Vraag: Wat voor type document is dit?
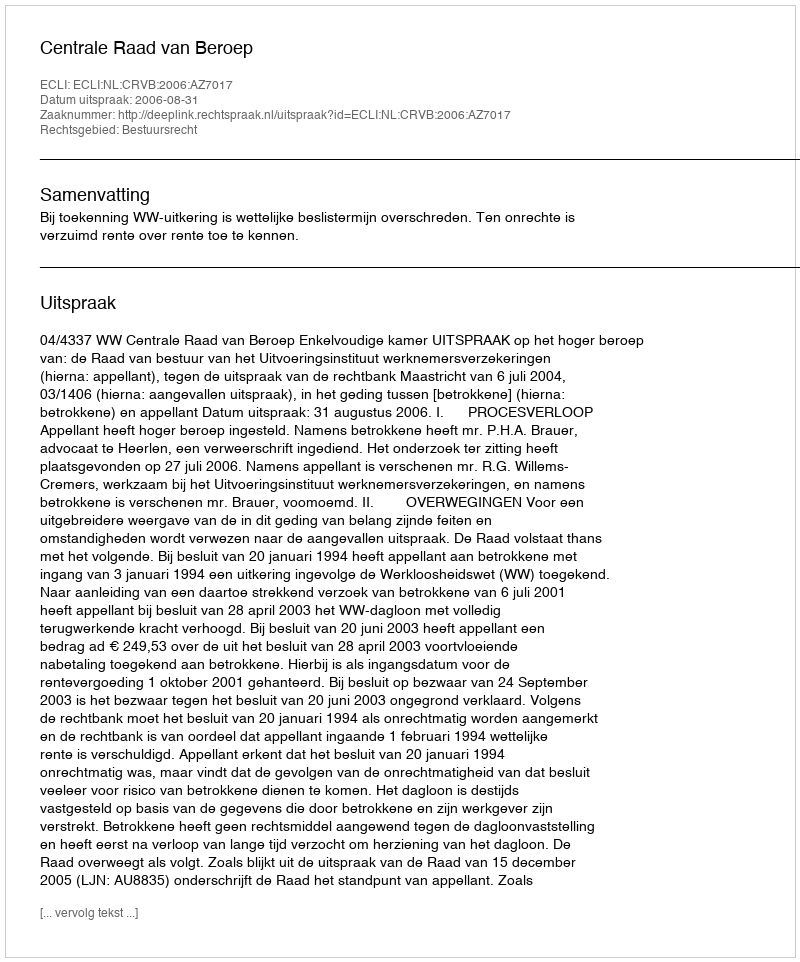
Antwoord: Uitspraak